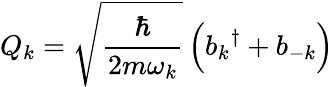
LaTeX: Q_{k}={\sqrt{\frac{\hbar}{2m\omega_{k}}}}\left({b_{k}}^{\dagger}+b_{-k}\right)